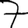
Digit: 7